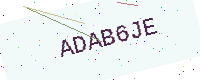
Text: ADAB6JE